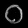
Digit: ၀